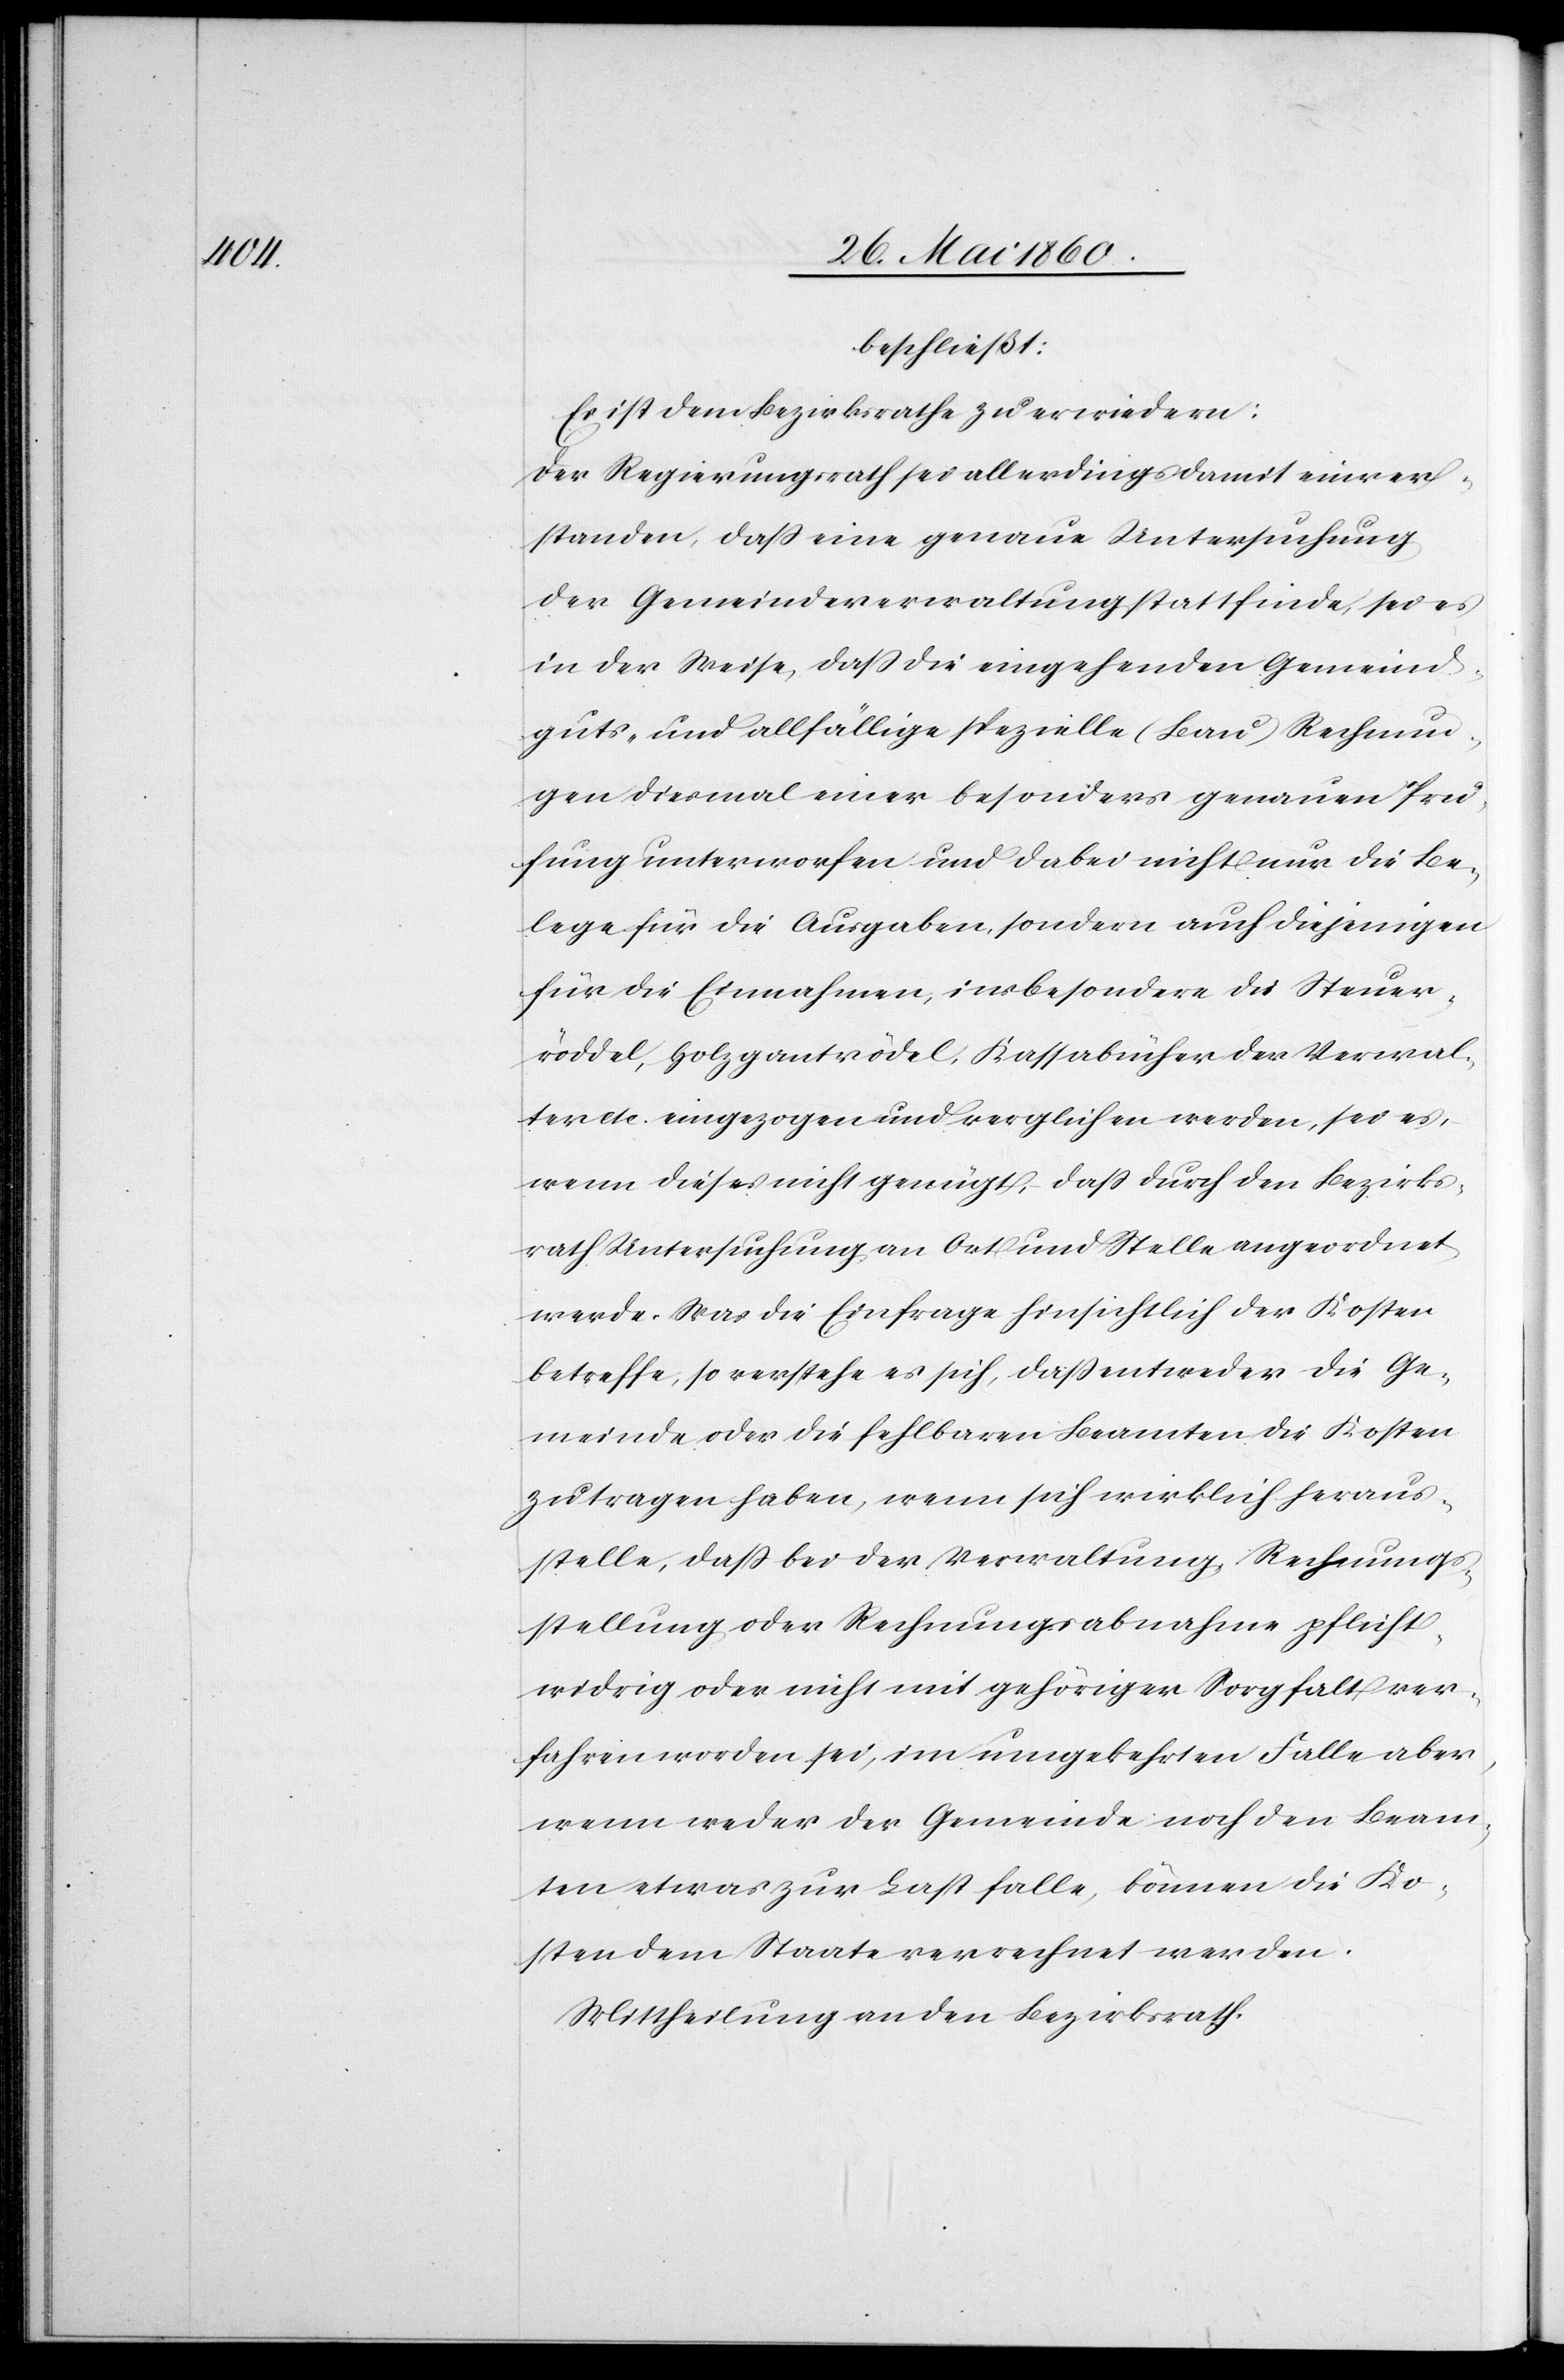
beschließt:
Es ist dem Bezirksrathe zu erwiedern:
Der Regierungsrath sei allerdings damit einver¬
standen, dass eine genaue Untersuchung
der Gemeindeverwaltung statt finde, sei es
in der Weise, dass sie eingehenden Gemeind¬
guts- und allfällige spezielle (Bau) Rechnun¬
gen diesmal einer besonders genauen Prü¬
fung unterworfen und dabei nicht nur die Be¬
lege für die Ausgaben, sondern auch diejenigen
für die Einnahmen, insbesondere die Steuer¬
röddel, Holzgantsrödel, Kassabücher der Verwal¬
tung eingezogen und verglichen werden, sei es,
wenn dieses nicht genügt, dass durch den Bezirks¬
rath Untersuchung an Ort und Stelle angeordnet
werde. Was die Einfrage hinsichtlich der Kosten
betreffe, so verstehe es sich, dass entweder die Ge¬
meinde oder die fehlbaren Beamten die Kosten
zu tragen haben, wenn sich wirklich heraus¬
stelle, dass bei der Verwaltung, Rechnungs¬
stellung oder Rechnungsabnahme pflicht¬
widrig oder nicht mit gehöriger Sorgfalt ver¬
fahren worden sei, im umgekehrten Falle aber,
wenn weder der Gemeinde noch den Beam¬
ten etwas zur Laste falle, können die Ko¬
sten dem Staate verrechnet werden.
Mittheilung an den Bezirksrath.